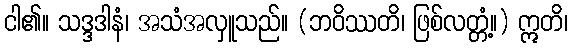
ငါ၏။ သဒ္ဒဒါနံ၊ အသံအလှူသည်။ (ဘဝိဿတိ၊ ဖြစ်လတ္တံ့။) ဣတိ၊